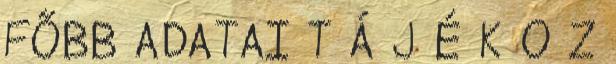
FŐBB ADATAI T Á J É K O Z